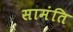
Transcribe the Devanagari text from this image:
सामंति